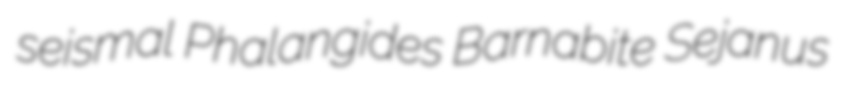
seismal Phalangides Barnabite Sejanus